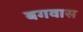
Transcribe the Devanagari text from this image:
बगवास